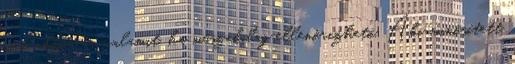
csak akkor ér valamit, ha műszakilag ellenőrizhető. Aki minősített